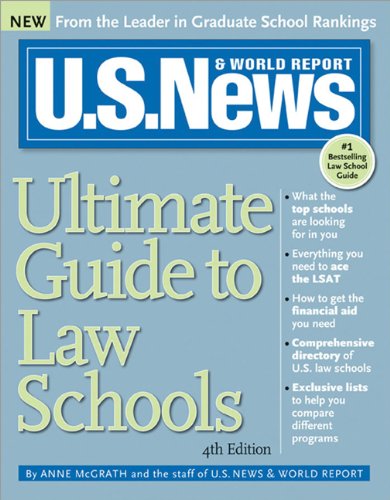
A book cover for U.S. News Ultimate Guide to Law Schools; Anne McGrath; Education & Teaching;